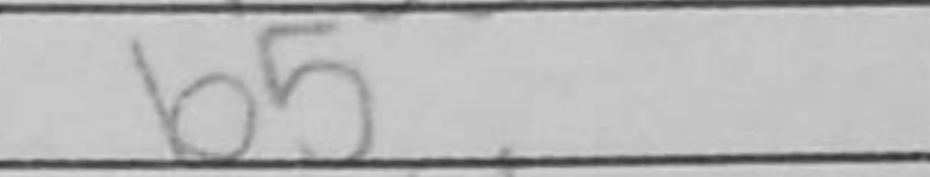
Transcription: b5